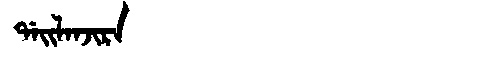
Manchu: ᡩᠠᡳᠯᠠᠨᠵᡳᡵᠠ
Romanization: DAILANJIRA